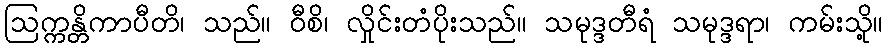
ဩက္ကန္တိကာပီတိ၊ သည်။ ဝီစိ၊ လှိုင်းတံပိုးသည်။ သမုဒ္ဒတီရံ သမုဒ္ဒရာ၊ ကမ်းသို့။